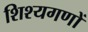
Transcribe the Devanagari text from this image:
शिश्यगणों